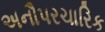
અનૌપરચારિક